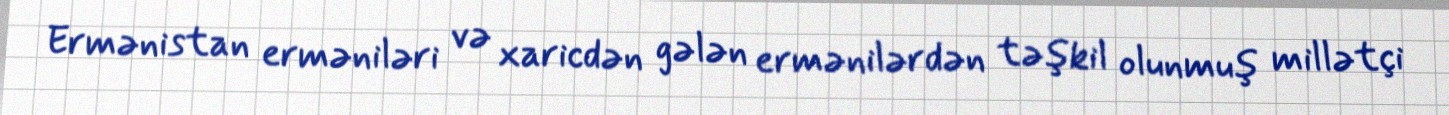
Ermənistan erməniləri və xaricdən gələn ermənilərdən təşkil olunmuş millətçi